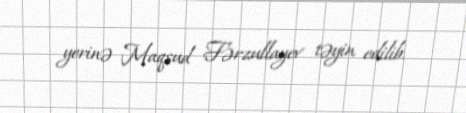
yerinə Maqsud Fərzullayev təyin edilib.